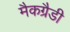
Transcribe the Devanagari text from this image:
मैकग्रैडी